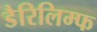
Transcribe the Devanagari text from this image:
डैरिलिम्फ